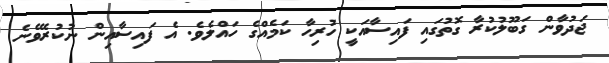
ޖަދުވާން ގަބޫލުކުރާ ގޮތުގައި ފައިސާއަކީ ހުރިހާ ކަމެއްގެ ހައްލެވެ. އެ ފައިސާއިން ނުކުރެވޭނެ